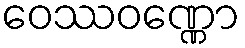
ဝေဿဝဏ္ဏော